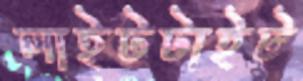
লাইটটাইট